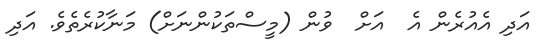
އަދި އެއުރެން އެ  އަށް  ވުން (މީސްތަކުންނަށް) މަނާކުރެތެވެ. އަދި